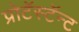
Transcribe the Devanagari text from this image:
प्रोटॅस्टॅन्ट